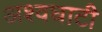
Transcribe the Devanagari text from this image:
अश्वघाटी